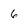
Character: 6